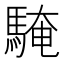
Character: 𩤔